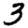
Digit: 3